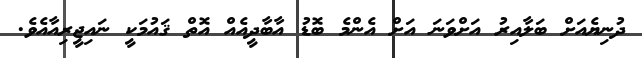
ދުނިޔެއަށް ބަލާއިރު އަށްވަނަ އަށް އެންމެ ބޮޑު އާބާދީއެއް އޮތް ޤައުމަކީ ނައިޖީރިއާއެވެ.